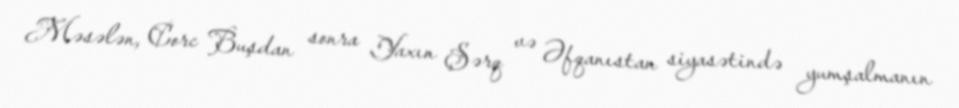
Məsələn, Corc Buşdan sonra Yaxın Şərq və Əfqanıstan siyasətində yumşalmanın